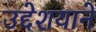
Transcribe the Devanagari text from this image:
उद्देशयाने